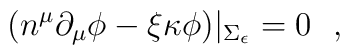
(n^\mu\partial_\mu \phi-\xi \kappa \phi )|_{\Sigma_\epsilon}=0~~,